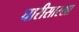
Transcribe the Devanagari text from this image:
घारीसारखा